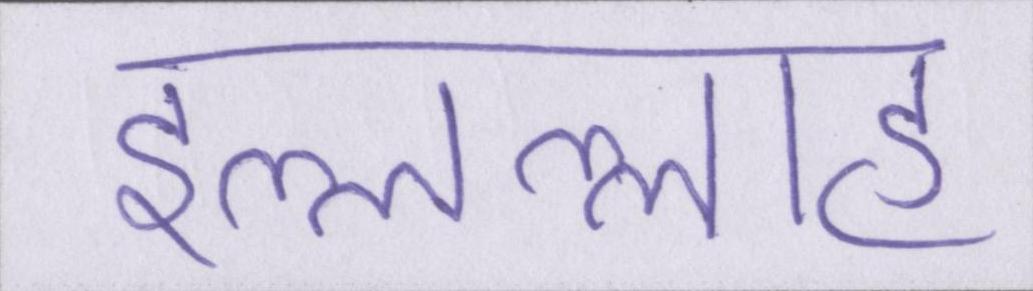
इल्लल्लाह